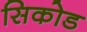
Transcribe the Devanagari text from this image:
सिकोड